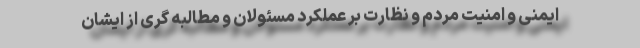
ایمنی و امنیت مردم و نظارت بر عملکرد مسئولان و مطالبه گری از ایشان